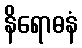
နိရောဓနံ